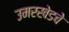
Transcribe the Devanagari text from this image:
उमरखेडचे